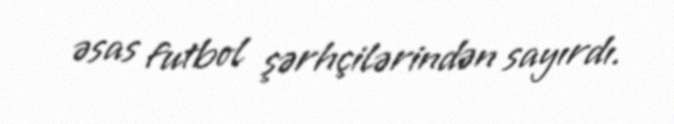
əsas futbol şərhçilərindən sayırdı.